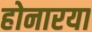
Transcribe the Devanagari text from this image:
होनारया